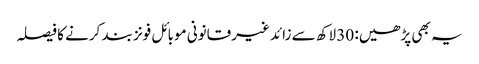
یہ بھی پڑھیں: 30 لاکھ سے زائد غیرقانونی موبائل فونز بند کرنے کا فیصلہ